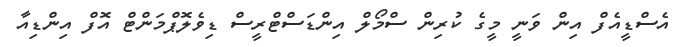
އެސްޑީއެފް އިން ވަނީ މީގެ ކުރިން ސްމޯލް އިންޑަސްޓްރީސް ޑިވެލޮޕްމަންޓް އޮފް އިންޑިއާ